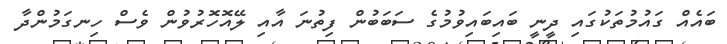
ބައެއް ގައުމުތަކުގައި ދީނީ ބައިބައިވުމުގެ ސަބަބުން ފިތުނަ އާއި ލޭއޮހޮރުވުން ވެސް ހިނގަމުންދާ